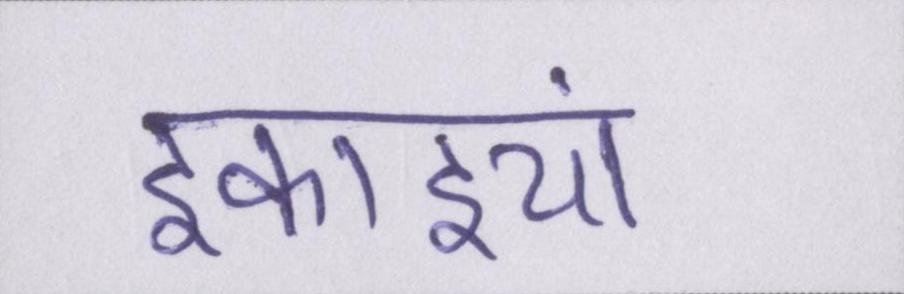
इकाइयां